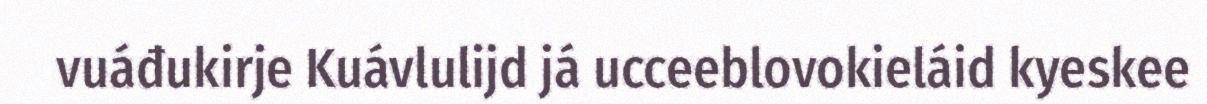
vuáđukirje Kuávlulijd já ucceeblovokieláid kyeskee